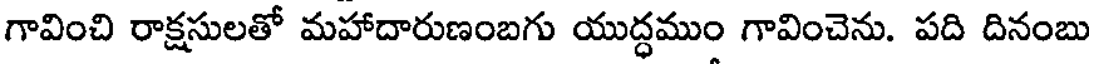
గావించి రాక్షసులతో మహాదారుణంబగు యుద్ధముం గావించెను. పది దినంబు